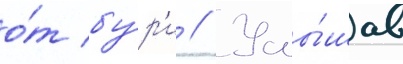
о́т бу́р'и // Услы́шав